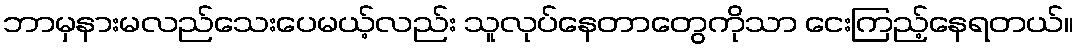
ဘာမှနားမလည်သေးပေမယ့်လည်း သူလုပ်နေတာတွေကိုသာ ငေးကြည့်နေရတယ်။